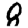
Digit: 8